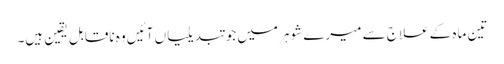
تین ماہ کے علاج سے میرے شوہر میں جو تبدیلیاں آئیں وہ ناقابلِ یقین ہیں۔